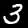
Digit: 3